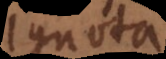
ignota